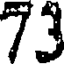
73